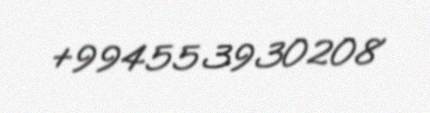
+994553930208